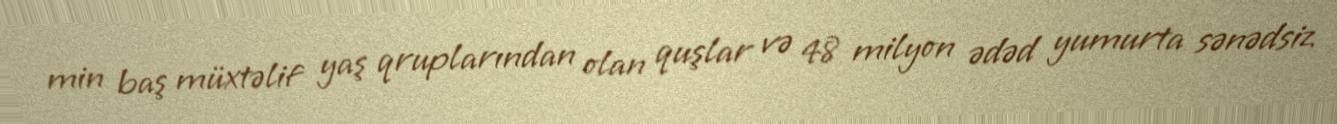
min baş müxtəlif yaş qruplarından olan quşlar və 48 milyon ədəd yumurta sənədsiz